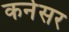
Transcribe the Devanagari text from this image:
कनेसर